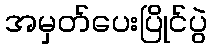
အမှတ်ပေးပြိုင်ပွဲ